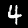
Digit: 4